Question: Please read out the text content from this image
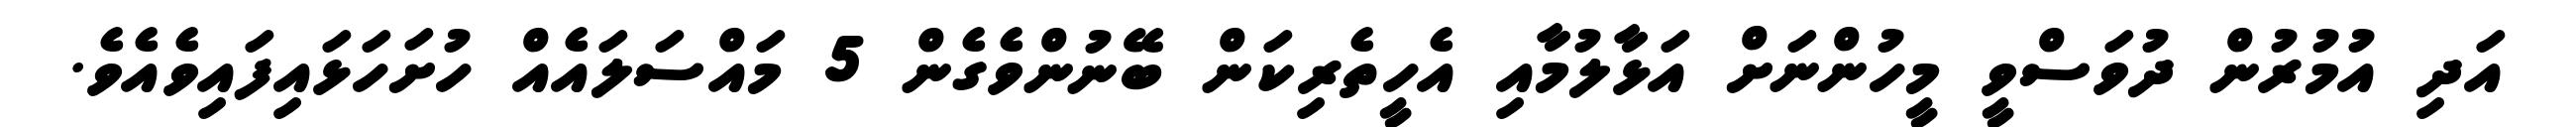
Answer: އަދި އުމުރުން ދުވަސްވީ މީހުންނަށް އަޅާލުމާއި އެހީތެރިކަން ބޭނުންވެގެން 5 މައްސަލައެއް ހުށަހަޅައިފައިވެއެވެ.